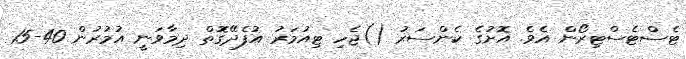
ޓެސްޓެސްޓިރޯން އެވެ. އޮށުގެ ކެންސަރު ()ޖެހި ޓިއުމަރު އުފެދޭގޮތް ދިމާވަނީ އުމުރުން 40-15